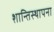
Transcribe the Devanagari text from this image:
शान्तिस्थापना